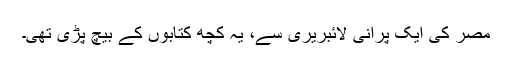
مصر کی ایک پرانی لائبریری سے، یہ کچھ کتابوں کے بیچ پڑی تھی۔